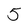
Character: 5